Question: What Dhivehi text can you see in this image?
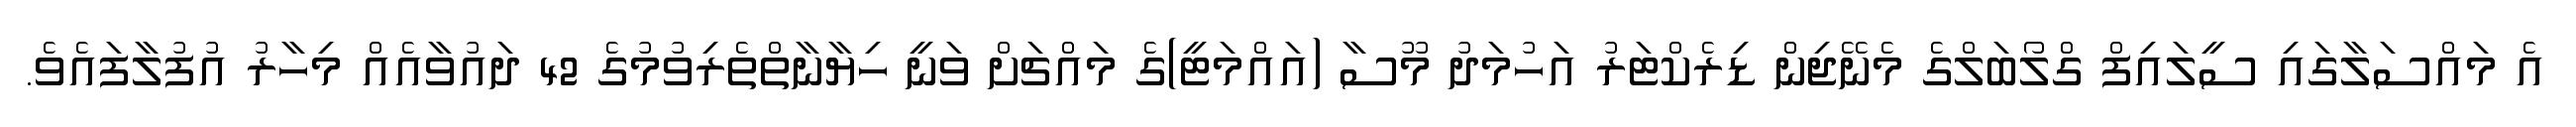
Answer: އެ މައްސަލާގައި ސީލައިފް ގްލޯބަލްގެ މެނޭޖިން ޑިރެކްޓަރު އަހުމަދު މޫސާ (އައްމަޓީ)ގެ މައްޗަށް ވަނީ ހިޔާނާތްތެރިވުމުގެ 42 ދައުވާއެއް މިހާރު އުފުލާފައެވެ.